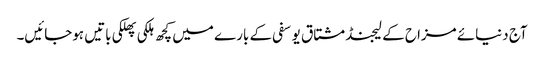
آج دنیائے مزاح کے لیجنڈ مشتاق یوسفی کے بارے میں کچھ ہلکی پھلکی باتیں ہوجائیں۔